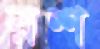
রশ